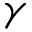
\gamma